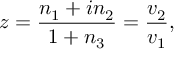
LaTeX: z = \frac { n _ { 1 } + i n _ { 2 } } { 1 + n _ { 3 } } = \frac { v _ { 2 } } { v _ { 1 } } ,